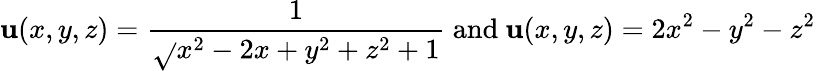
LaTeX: \mathbf{u}(x,y,z)={\frac{{1}}{{\sqrt{}{{x^{2}-2x+y^{2}+z^{2}+1}}}}}{\mathrm{{~and~}}}\mathbf{u}(x,y,z)=2x^{2}-y^{2}-z^{2}